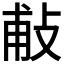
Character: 𢼹